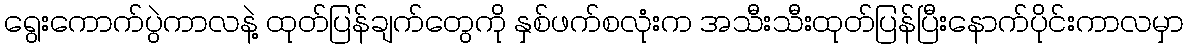
ရွေးကောက်ပွဲကာလနဲ့ ထုတ်ပြန်ချက်တွေကို နှစ်ဖက်စလုံးက အသီးသီးထုတ်ပြန်ပြီးနောက်ပိုင်းကာလမှာ